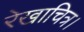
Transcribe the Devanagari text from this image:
रेखाचित्र।